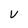
Character: V